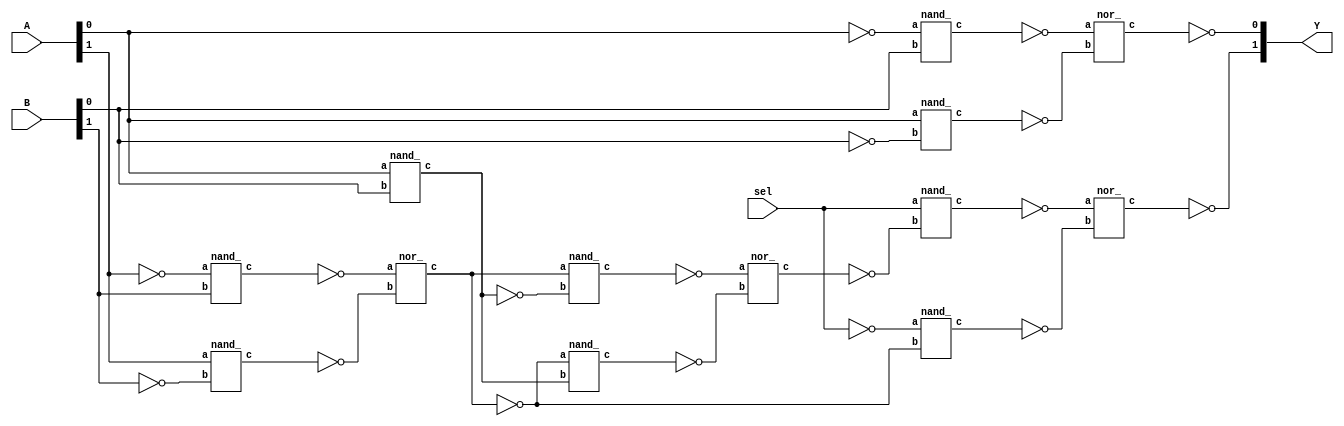
module mux_2to1(Y, A, B, sel);
wire   _03_;
wire   _04_;
wire   _05_;
input  [1:0] A;
input  [1:0] B;
output [1:0] Y;
wire   [1:0] _0_;
wire   [1:0] _1_;
wire   [1:0] _2_;
input  sel;
wire   gate_dangle_0;
wire   dangle_0;
assign gate_dangle_0 = (~ dangle_0);
assign dangle_0 = (~ sel);
assign _05_ = dangle_0;
wire   nand_1;
nand_ gate_nand_1 (.a(sel), .b(_0_[1]), .c(nand_1));
assign _03_ = (~ nand_1);
wire   nand_2;
nand_ gate_nand_2 (.a(_05_), .b(_2_[1]), .c(nand_2));
assign _04_ = (~ nand_2);
wire   nor_3;
nor_ gate_nor_3 (.a(_03_), .b(_04_), .c(nor_3));
assign Y[1] = (~ nor_3);
wire   gate_dangle_4;
wire   dangle_4;
assign gate_dangle_4 = (~ dangle_4);
assign dangle_4 = (~ A[0]);
wire   nand_5;
nand_ gate_nand_5 (.a(dangle_4), .b(B[0]), .c(nand_5));
wire   gate_dangle_6;
wire   dangle_6;
assign gate_dangle_6 = (~ dangle_6);
assign dangle_6 = (~ B[0]);
wire   nand_7;
nand_ gate_nand_7 (.a(A[0]), .b(dangle_6), .c(nand_7));
wire   nor_8;
nor_ gate_nor_8 (.a((~ nand_5)), .b((~ nand_7)), .c(nor_8));
assign Y[0] = (~ nor_8);
wire   gate_dangle_9;
wire   dangle_9;
assign gate_dangle_9 = (~ dangle_9);
assign dangle_9 = (~ A[1]);
wire   nand_10;
nand_ gate_nand_10 (.a(dangle_9), .b(B[1]), .c(nand_10));
wire   gate_dangle_11;
wire   dangle_11;
assign gate_dangle_11 = (~ dangle_11);
assign dangle_11 = (~ B[1]);
wire   nand_12;
nand_ gate_nand_12 (.a(A[1]), .b(dangle_11), .c(nand_12));
wire   nor_13;
nor_ gate_nor_13 (.a((~ nand_10)), .b((~ nand_12)), .c(nor_13));
assign _2_[1] = (~ nor_13);
wire   gate_dangle_14;
wire   dangle_14;
assign gate_dangle_14 = (~ dangle_14);
assign dangle_14 = (~ _2_[1]);
wire   nand_15;
nand_ gate_nand_15 (.a(dangle_14), .b(_1_[0]), .c(nand_15));
wire   gate_dangle_16;
wire   dangle_16;
assign gate_dangle_16 = (~ dangle_16);
assign dangle_16 = (~ _1_[0]);
wire   nand_17;
nand_ gate_nand_17 (.a(_2_[1]), .b(dangle_16), .c(nand_17));
wire   nor_18;
nor_ gate_nor_18 (.a((~ nand_15)), .b((~ nand_17)), .c(nor_18));
assign _0_[1] = (~ nor_18);
wire   nand_19;
nand_ gate_nand_19 (.a(A[0]), .b(B[0]), .c(nand_19));
assign _1_[0] = (~ nand_19);
endmodule
module nand_(input a,b,output c); endmodule
module nor_(input a,b,output c); endmodule